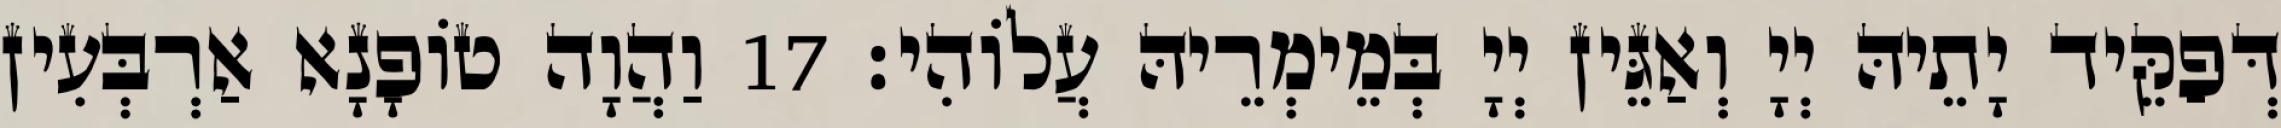
דְּפַקֵּיד יָתֵיהּ יְיָ וְאַגֵּין יְיָ בְּמֵימְרֵיהּ עֲלוֹהִי׃ 17 וַהֲוָה טוֹפָנָא אַרְבְּעִין